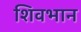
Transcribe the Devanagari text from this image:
शिवभान